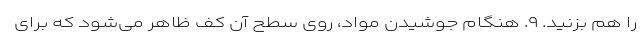
را هم بزنید. ۹. هنگام جوشیدن مواد، روی سطح آن کف ظاهر می‌شود که برای